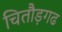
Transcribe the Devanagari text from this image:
चितौड़गढ